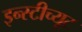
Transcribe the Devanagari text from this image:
इन्स्टीच्यूट